Indian journal of veterinary science and animal husbandry - Volumes 26-27, 1956-1957
Year: 1956
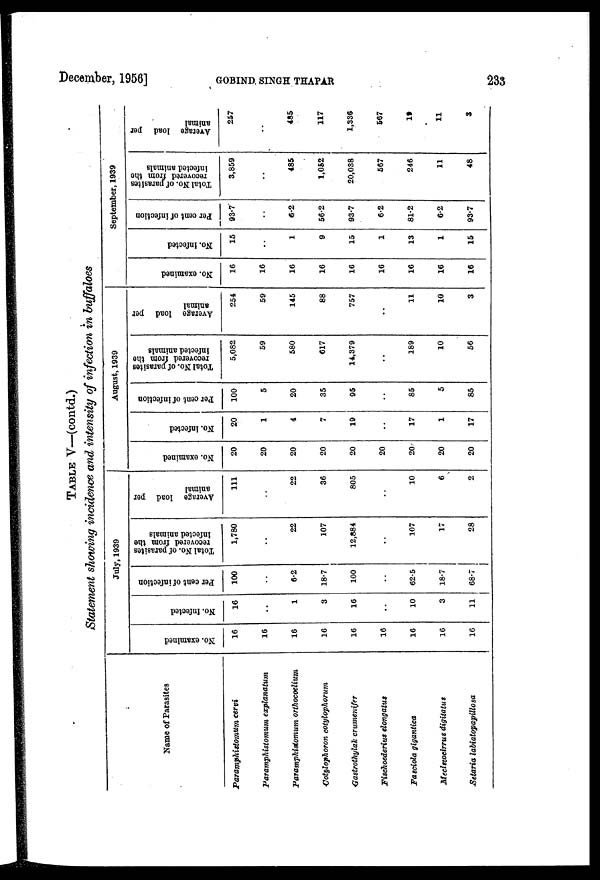
December, 1956]
GOBIND
SINGH
THAPAR
233
TABLE V—(contd.)
Statement showing incidence and intensity of infection in buffaloes
Name of Parasites
Paramphistomum cervi
Paramphistomum explanatum
Paramphistomum orthocoelium
Cotylophoron cotylophorum
Gastrothylak crumenifer
Fischoederius elongatus
Fasciola gigantica
Mecistocirrus digitatus
Setaria labiatopapillosa
July, 1939
No. examined
16
16
16
16
16
16
16
16
16
No. Infected
16
..
1
3
16
..
10
3
11
Per cent of infection
100
..
6.2
18.7
100
..
62.5
18.7
68.7
Total No. of parasites
recovered from the
infected animals
1,780
..
22
107
12,884
..
107
17
28
Average load per
animal
111
..
22
36
805
..
10
6
2
August, 1939
No. examined
20
20
20
20
20
20
20
20
20
No. infected
20
1
4
7
19
..
17
1
17
Per cent of infection
100
5
20
35
95
..
85
5
85
Total No. of parasites
recovered from the
infected animals
5,082
59
580
617
14,379
..
189
10
56
Average load per
animal
254
59
145
88
757
..
11
10
3
September, 1939
No. examined
16
16
16
16
16
16
16
16
16
No. Infected
15
..
1
9
15
1
13
1
15
Per cent of infection
93.7
..
6.2
56.2
93.7
6.2
81.2
6.2
93.7
Total No. of parasites
recovered from the
infected animals
3,859
..
485
1,052
20,038
567
246
11
48
Average load per
animal
257
..
485
117
1,336
567
19
11
3